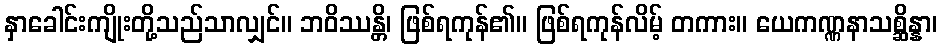
နှာခေါင်းကျိုးတို့သည်သာလျှင်။ ဘဝိဿန္တိ၊ ဖြစ်ရကုန်၏။ ဖြစ်ရကုန်လိမ့် တကား။ ယေကဏ္ဏနာသစ္ဆိန္နာ၊